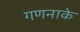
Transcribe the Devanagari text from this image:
गणनाके